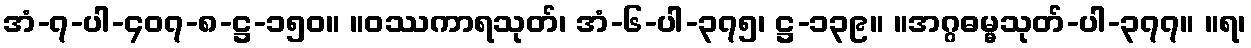
အံ-၇-ပါ-၄၀၇-၈-ဋ္ဌ-၁၅၀။ ။ဝဿကာရသုတ်၊ အံ-၆-ပါ-၃၇၅၊ ဋ္ဌ-၁၃၉။ ။အဂ္ဂဓမ္မသုတ်-ပါ-၃၇၇။ ။ရ၊